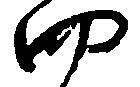
四